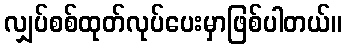
လျှပ်စစ်ထုတ်လုပ်ပေးမှာဖြစ်ပါတယ်။